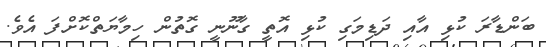
ބަންޑާރަ ކުޅި އާއި ދަޑިމަގި ކުޅި އޮތީ ގާނޫނީ ގޮތުން ހިމާޔަތްކޮށްފަ އެވެ.